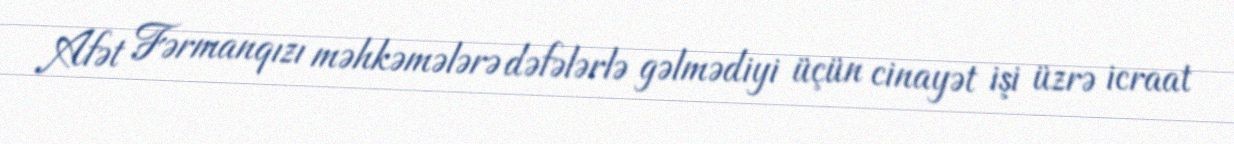
Afət Fərmanqızı məhkəmələrə dəfələrlə gəlmədiyi üçün cinayət işi üzrə icraat